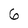
Character: 6